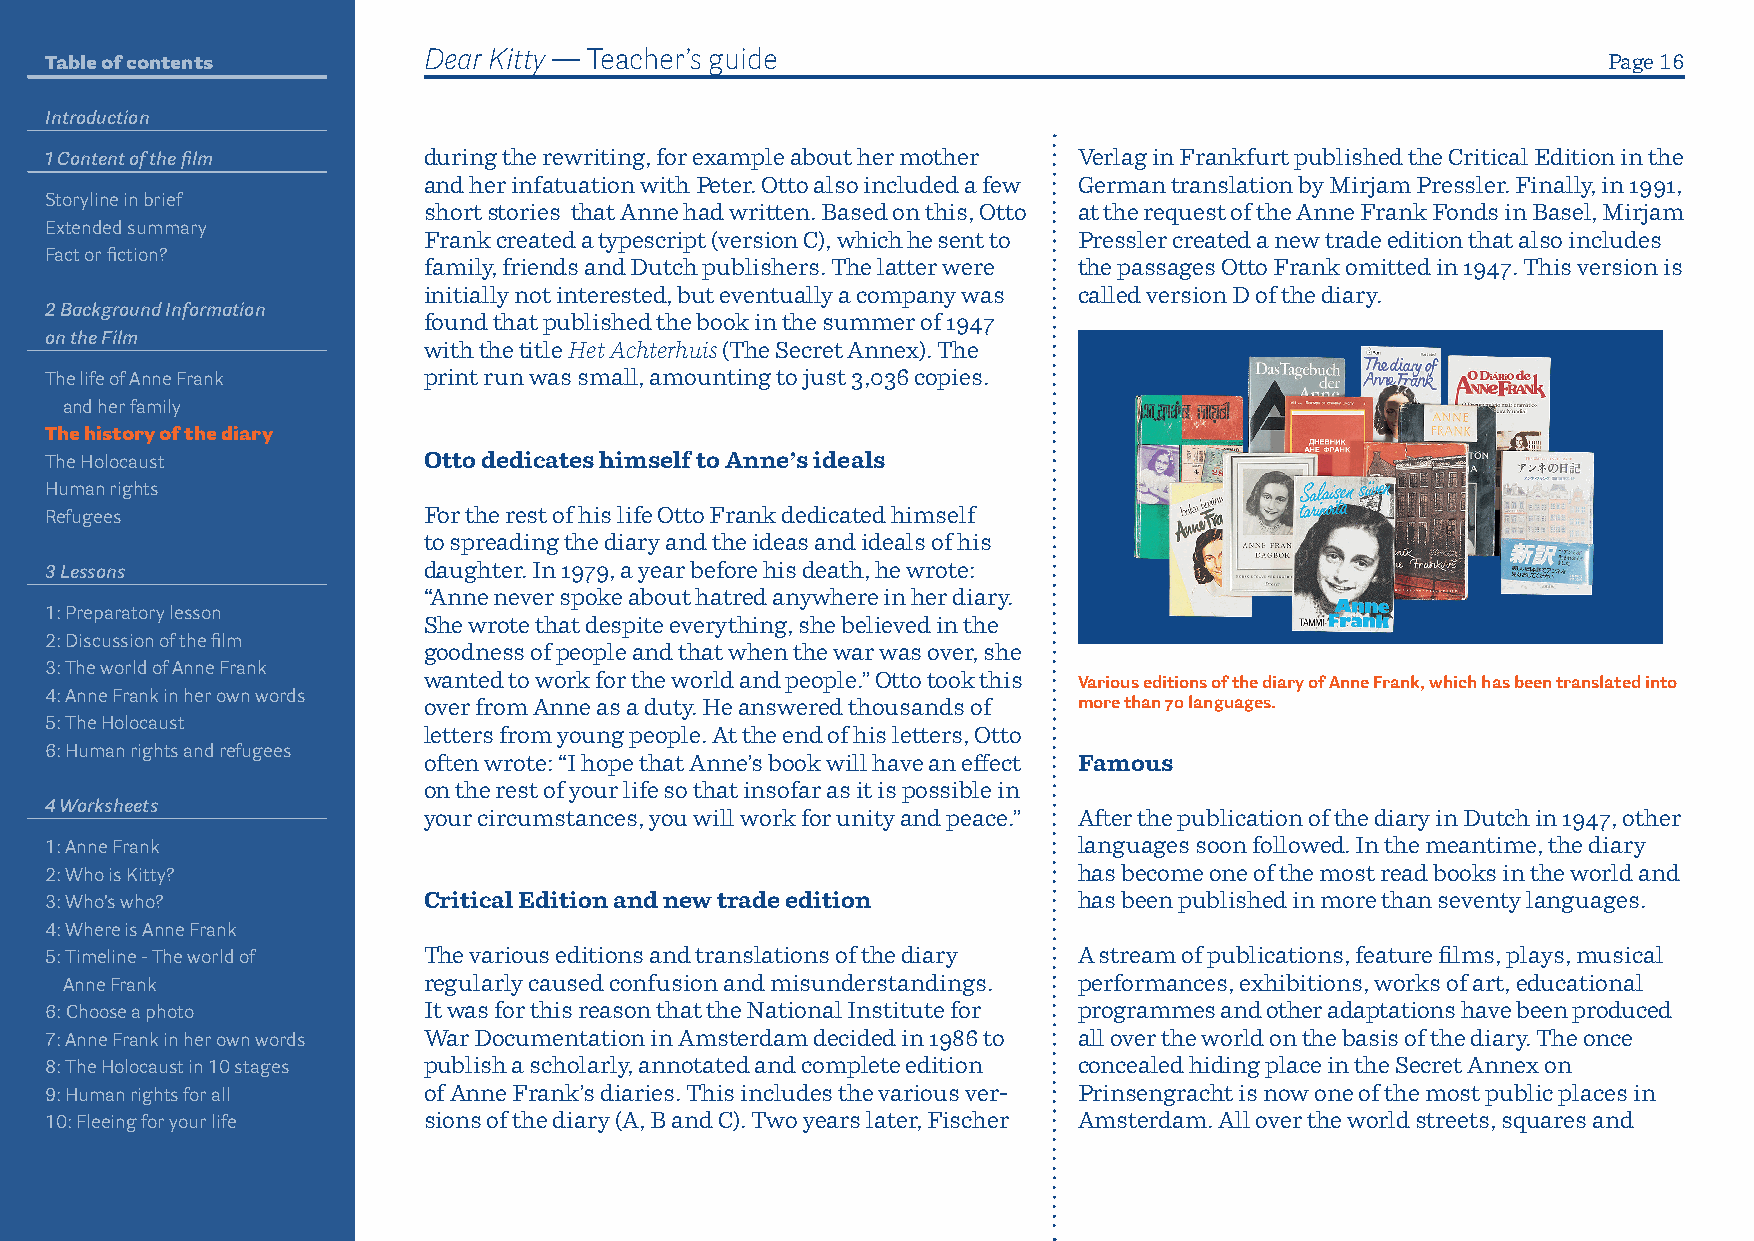
Table of contents        Dear Kitty — Teacher’s guide                                                  Page 16
 Introduction
 1 Content of the film    during the rewriting, for example about her mother Verlag in Frankfurt published the Critical Edition in the
 and her infatuation with Peter. Otto also included a few German translation by Mirjam Pressler. Finally, in 1991,
 Storyline in brief
 short stories that Anne had written. Based on this, Otto at the request of the Anne Frank Fonds in Basel, Mirjam
 Extended summary
 Frank created a t ypescript (version C), which he sent to Pressler created a new trade edition that also includes
 Fact or fiction?
 family, friends and Dutch publishers. The latter were the passages Otto Frank omitted in 1947. This version is
 initially not interested, but eventually a company was called version D of the diary.
 2 Background Information
 found that published the book in the summer of 1947
 on the Film
 with the title Het Achterhuis (The Secret Annex). The
 The life of Anne Frank   print run was small, amounting to just 3,036 copies.
 and her family
 The history of the diary
 The Holocaust            Otto dedicates himself to Anne’s ideals
 Human rights
 Refugees                 For the rest of his life Otto Frank dedicated himself
 to spreading the diary and the ideas and ideals of his
 3 Lessons                daughter. In 1979, a year before his death, he wrote:
 “Anne never spoke about hatred anywhere in her diary.
 1: Preparatory lesson
 She wrote that despite everything, she believed in the
 2: Discussion of the film
 goodness of people and that when the war was over, she
 3: The world of Anne Frank
 wanted to work for the world and people.” Otto took this Various editions of the diary of Anne Frank, which has been translated into
 4: Anne Frank in her own words
 over from Anne as a duty. He answered thousands of more than 70 languages.
 5: The Holocaust
 letters from young people. At the end of his letters, Otto
 6: Human rights and refugees
 often wrote: “I hope that Anne’s book will have an effect Famous
 on the rest of your life so that insofar as it is possible in
 4 Worksheets
 your circumstances, you will work for unity and peace.” After the publication of the diary in Dutch in 1947, other
 1: Anne Frank                                                       languages soon followed. In the meantime, the diary
 2: Who is Kitty?                                                    has become one of the most read books in the world and
 3: Who’s who?            Critical Edition and new trade edition     has been published in more than seventy languages.
 4: Where is Anne Frank
 5: Timeline - The world of The various editions and translations of the diary A stream of publications, feature films, plays, musical
 Anne Frank              regularly caused confusion and misunderstandings. performances, exhibitions, works of art, educational
 6: Choose a photo        It was for this reason that the National Institute for programmes and other adaptations have been p roduced
 7: Anne Frank in her own words War Documentation in Amsterdam decided in 1986 to all over the world on the basis of the diary. The once
 8: The Holocaust in 10 stages publish a scholarly, annotated and complete edition concealed hiding place in the Secret Annex on
 9: Human rights for all  of Anne Frank’s diaries. This includes the various ver- Prinsengracht is now one of the most public places in
 10: Fleeing for your life sions of the diary (A, B and C). Two years later, Fischer Amsterdam. All over the world streets, squares and